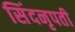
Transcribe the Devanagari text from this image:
सिंदनृपती